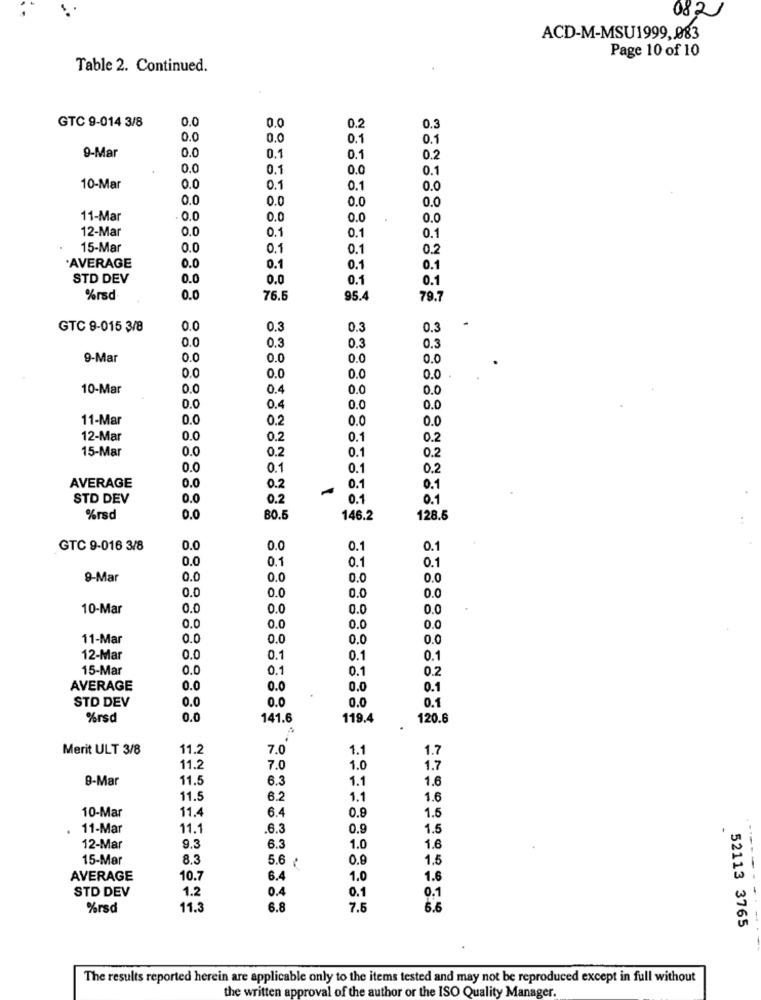
0821
ACD-M-MSU1999 ,. 083
Page 10 of 10
Table 2. Continued.
GTC 9-014 3/8
0.0
0.0
0.2
0.3
0.0
0.0
0.1
0.1
9-Mar
0.0
0.1
0.1
0.2
0.0
0.1
0.0
0.1
10-Mar
0.0
0.1
0.1
0.0
0.0
0.0
0.0
0.0
11-Mar
0.0
0.0
0.0
0.0
12-Mar
0.0
0.1
0.1
0.1
15-Mar
0.0
0.1
0.1
0.2
*AVERAGE
0.0
0.1
0.1
0.1
STD DEV
0.0
0.0
0.1
0.1
%rsd
0.0
76.6
95.4
79.7
GTC 8-015 3/8
0.0
0.3
0.3
0.3
0.0
0.3
0.3
0.3
9-Mar
0.0
0.0
0.0
0.0
0.0
0.0
0.0
0.0
10-Mar
0.0
0.4
0.0
0.0
0.0
0.4
0.0
0.0
11-Mar
0.0
0.2
0.0
0.0
12-Mar
0.0
0.2
0.1
0.2
15-Mar
0.0
0.2
0.1
0.2
0.0
0.1
0.1
0.2
AVERAGE
0.0
0.2
0.1
0.1
STD DEV
0.0
0.2
0.1
0.1
%rsd
0.0
80.5
146.2
128.5
GTC 9-016 3/8
0.0
0.0
0.1
0.1
0.0
0.1
0.1
0.1
9-Mar
0.0
0.0
0.0
0.0
0.0
0.0
0.0
0.0
10-Mar
0.0
0.0
0.0
0.0
0.0
0.0
0.0
0.0
11-Mar
0.0
0.0
0.0
0.0
12-Mar
0.0
0.1
0.1
0.1
15-Mar
0.0
0.1
0.1
0.2
AVERAGE
0.0
0.0
0.0
0.1
STD DEV
0.0
0.0
0.1
0.0
%rsd
0.0
141.6
119.4
120.6
Merit ULT 3/8
11.2
7.0
1.1
1.7
11.2
7.0
1.0
1.7
9-Mar
11.5
6.3
1.1
1.6
11.5
6.2
1.1
1.6
10-Mar
11.4
6.4
0.9
1.5
11-Mar
11.1
.6.3
0.9
1.5
.
1.6
12-Mar
9.3
6.3
1.0
----
15-Mar
8.3
5.6 ¢
0.9
1.5
AVERAGE
10.7
6.4
1.0
1.6
STD DEV
1.2
0.4
0.1
0.1
%rsd
11.3
6.8
7.6
6.6
52113 3765
The results reported herein are applicable only to the items tested and may not be reproduced except in full without
the written approval of the author or the ISO Quality Manager.